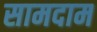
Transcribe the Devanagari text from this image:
सामदाम